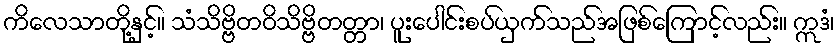
ကိလေသာတို့နှင့်။ သံသိဗ္ဗိတဝိသိဗ္ဗိတတ္တာ၊ ပူးပေါင်းစပ်ယှက်သည်အဖြစ်ကြောင့်လည်း။ ဣဒံ၊